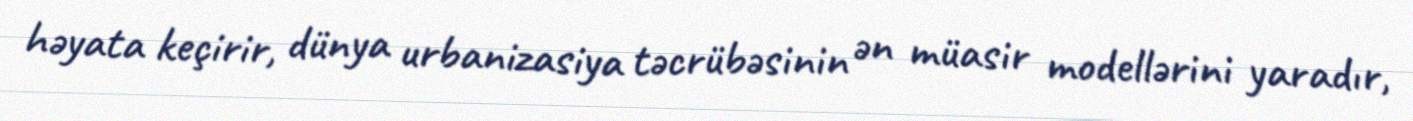
həyata keçirir, dünya urbanizasiya təcrübəsinin ən müasir modellərini yaradır,